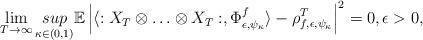
LaTeX: \begin{align*}\lim_{T\rightarrow \infty} \underset{\kappa \in (0,1)}{sup}\mathbb{E}\left|\langle :X_T \otimes \ldots \otimes X_T:,\Phi_{\epsilon,\psi_\kappa}^f \rangle - \rho_{f,\epsilon,\psi_\kappa}^T\right|^2=0,\epsilon >0,\end{align*}